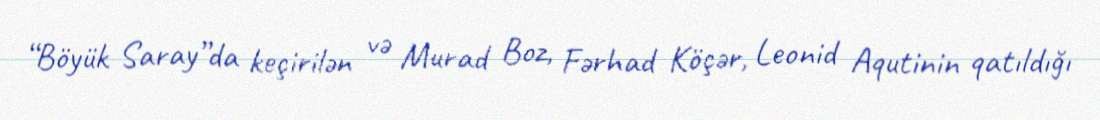
“Böyük Saray”da keçirilən və Murad Boz, Fərhad Köçər, Leonid Aqutinin qatıldığı